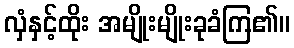
လှံနှင့်ထိုး အမျိုးမျိုးခုခံကြ၏။